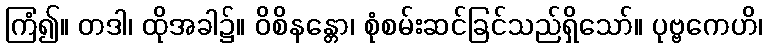
ကြံ၍။ တဒါ၊ ထိုအခါ၌။ ဝိစိနန္တော၊ စုံစမ်းဆင်ခြင်သည်ရှိသော်။ ပုဗ္ဗကေဟိ၊